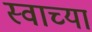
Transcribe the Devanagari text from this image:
स्वाच्या